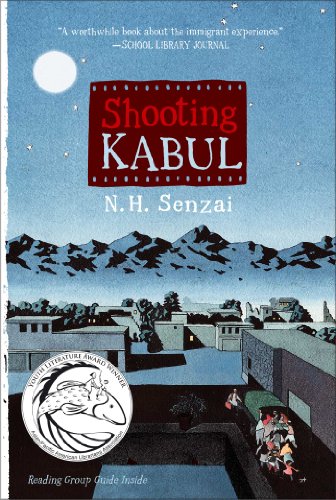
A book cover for Shooting Kabul; N. H. Senzai; Children's Books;